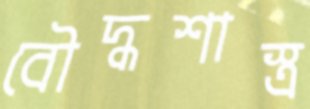
বৌদ্ধশাস্ত্র